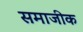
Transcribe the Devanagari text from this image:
समाजीक